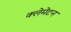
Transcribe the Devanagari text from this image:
क्लेमेटन